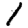
Digit: 1